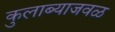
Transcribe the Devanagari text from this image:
कुलाब्याजवळ